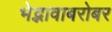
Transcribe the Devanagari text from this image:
भेद्भावाबरोबर